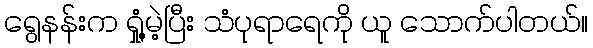
ရွေနန်းက ရှုံ့မဲ့ပြီး သံပုရာရေကို ယူ သောက်ပါတယ်။